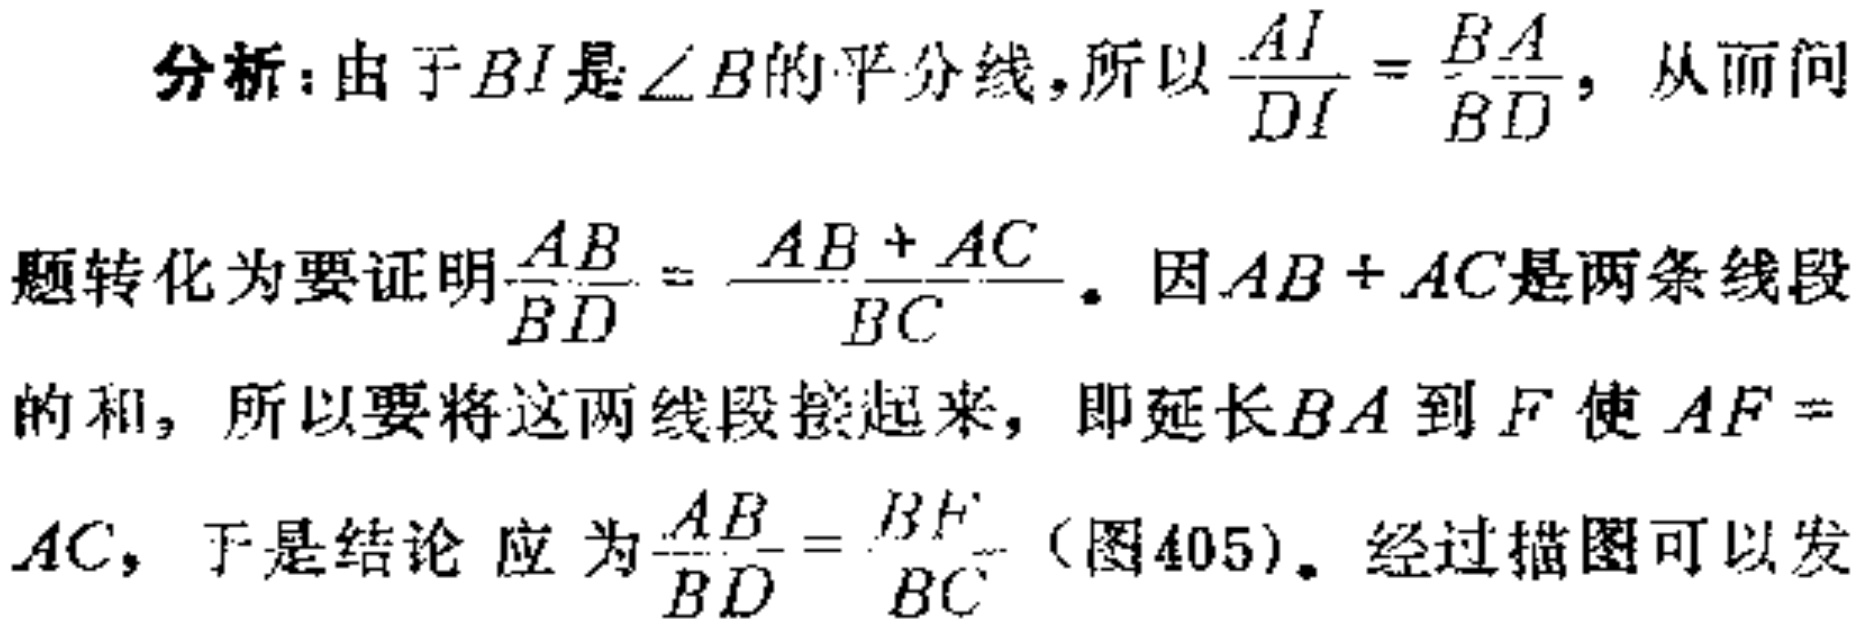
分析：由于\(BI\)是\(\angle B\)的平分线，所以\(\frac{AI}{DI}=\frac{BA}{BD}\)，从而问
题转化为要证明\(\frac{AB}{BD}=\frac{AB + AC}{BC}\)。因\(AB + AC\)是两条线段
的和，所以要将这两线段接起来，即延长\(BA\)到\(F\)使\(AF =\)
\(AC\)，于是结论应为\(\frac{AB}{BD}=\frac{BF}{BC}\)（图405）。经过描图可以发